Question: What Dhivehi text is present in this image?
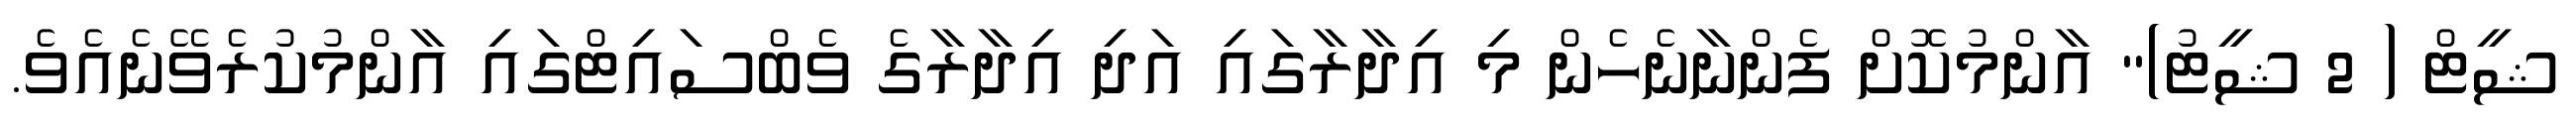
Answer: ޝީޓް ( 2 ޝީޓު)" އާންމުކޮށް ފެންނާނެހެން މި އިދާރާގައި އަދި އިދާރާގެ ވެބްސައިޓްގައި އާންމުކުރެވޭނެއެވެ.